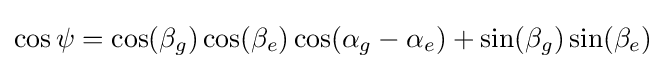
\cos \psi =\cos(\beta _{g})\cos(\beta _{e})\cos(\alpha _{g}-\alpha _{e})+\sin(\beta _{g})\sin(\beta _{e})